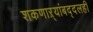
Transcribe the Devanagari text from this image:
शकणाऱ्यांबद्दलही